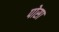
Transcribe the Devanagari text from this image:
पोसा